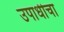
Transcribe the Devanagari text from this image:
उपाधीचा